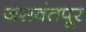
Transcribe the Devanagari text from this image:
जसवंतपूर